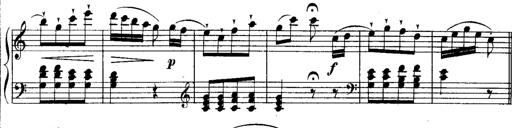
Title: Rondos and Sonatinas for Pianoforte
Composer: Daniel Steibelt